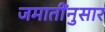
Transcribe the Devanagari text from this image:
जमातींनुसार